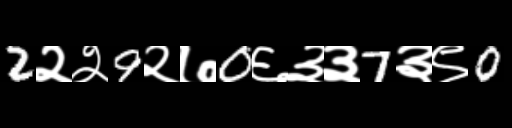
Text: 2२२9२७0६३३7३९0